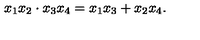
{ \binom { x _ { 1 } } { x _ { 2 } } } \cdot { \binom { x _ { 3 } } { x _ { 4 } } } = x _ { 1 } x _ { 3 } + x _ { 2 } x _ { 4 } .